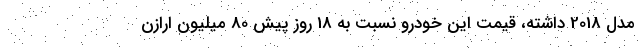
مدل 2018 داشته، قیمت این خودرو نسبت به 18 روز پیش 80 میلیون ارازن